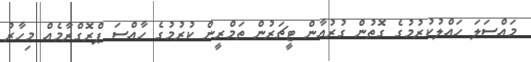
މައްސަލަ ހައްލުކުރުމުގެ ގޮތުން ގުރުއާން ޓީޗަރުން ތަމްރީން ކުރުމުގެ ހާއްސަ ޕްރޮގްރާމެއް މިހާރު